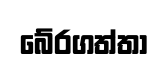
බේරගත්තා